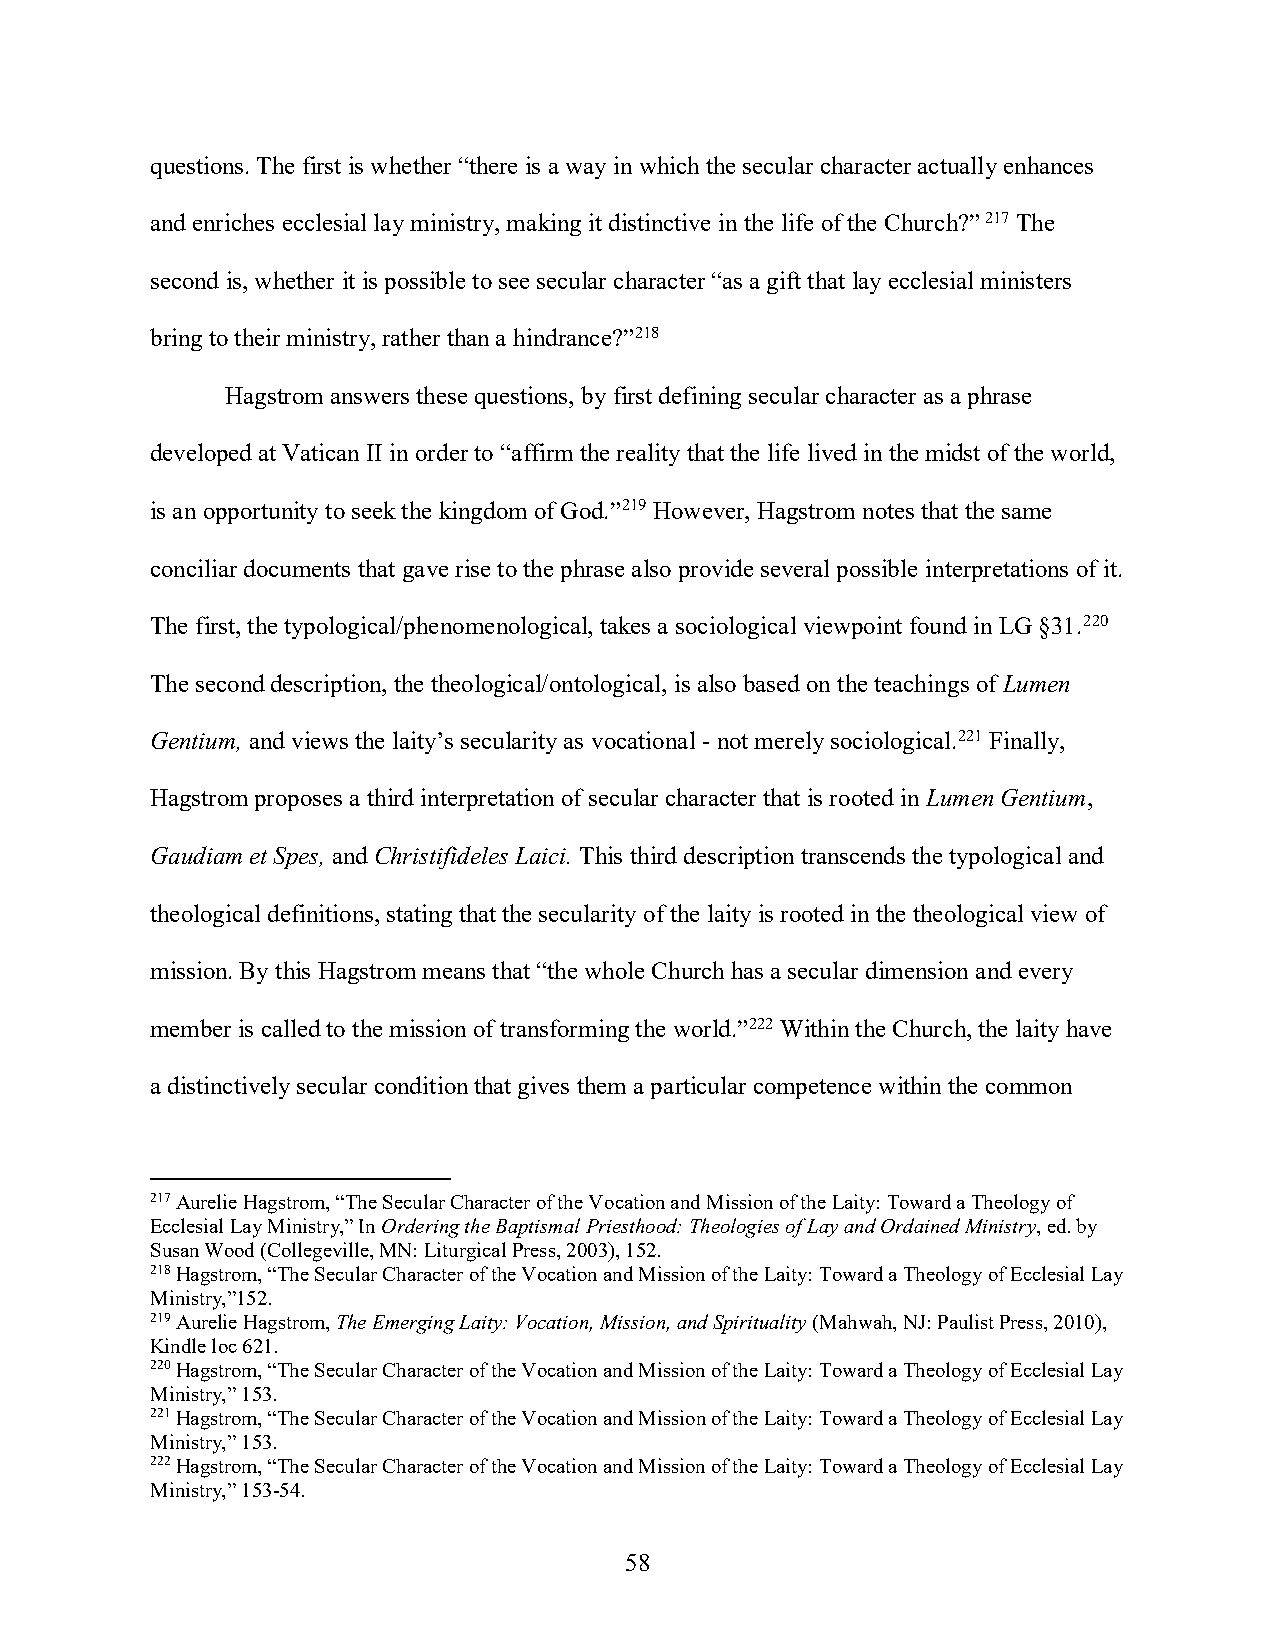
questions. The first is whether “there is a way in which the secular character actually enhances
 and enriches ecclesial lay ministry, making it distinctive in the life of the Church?” 217 The
 second is, whether it is possible to see secular character “as a gift that lay ecclesial ministers
 bring to their ministry, rather than a hindrance?”218
 Hagstrom answers these questions, by first defining secular character as a phrase
 developed at Vatican II in order to “affirm the reality that the life lived in the midst of the world,
 is an opportunity to seek the kingdom of God.”219 However, Hagstrom notes that the same
 conciliar documents that gave rise to the phrase also provide several possible interpretations of it.
 The first, the typological/phenomenological, takes a sociological viewpoint found in LG §31.220
 The second description, the theological/ontological, is also based on the teachings of Lumen
 Gentium, and views the laity’s secularity as vocational - not merely sociological.221 Finally,
 Hagstrom proposes a third interpretation of secular character that is rooted in Lumen Gentium,
 Gaudiam et Spes, and Christifideles Laici. This third description transcends the typological and
 theological definitions, stating that the secularity of the laity is rooted in the theological view of
 mission. By this Hagstrom means that “the whole Church has a secular dimension and every
 member is called to the mission of transforming the world.”222 Within the Church, the laity have
 a distinctively secular condition that gives them a particular competence within the common
 217 Aurelie Hagstrom, “The Secular Character of the Vocation and Mission of the Laity: Toward a Theology of
 Ecclesial Lay Ministry,” In Ordering the Baptismal Priesthood: Theologies of Lay and Ordained Ministry, ed. by
 Susan Wood (Collegeville, MN: Liturgical Press, 2003), 152.
 218 Hagstrom, “The Secular Character of the Vocation and Mission of the Laity: Toward a Theology of Ecclesial Lay
 Ministry,”152.
 219 Aurelie Hagstrom, The Emerging Laity: Vocation, Mission, and Spirituality (Mahwah, NJ: Paulist Press, 2010),
 Kindle loc 621.
 220 Hagstrom, “The Secular Character of the Vocation and Mission of the Laity: Toward a Theology of Ecclesial Lay
 Ministry,” 153.
 221 Hagstrom, “The Secular Character of the Vocation and Mission of the Laity: Toward a Theology of Ecclesial Lay
 Ministry,” 153.
 222 Hagstrom, “The Secular Character of the Vocation and Mission of the Laity: Toward a Theology of Ecclesial Lay
 Ministry,” 153-54.
 58